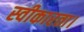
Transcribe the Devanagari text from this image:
स्वीकारता।